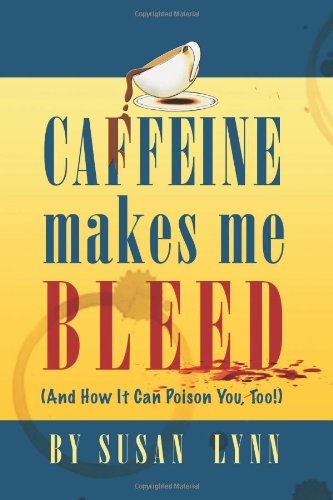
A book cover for Caffeine Makes Me Bleed: And How It Can Poison You, Too!; Susan Lynn; Health, Fitness & Dieting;